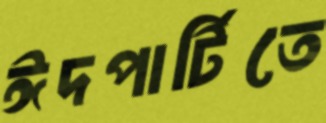
ঈদপার্টিতে